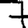
Digit: 7